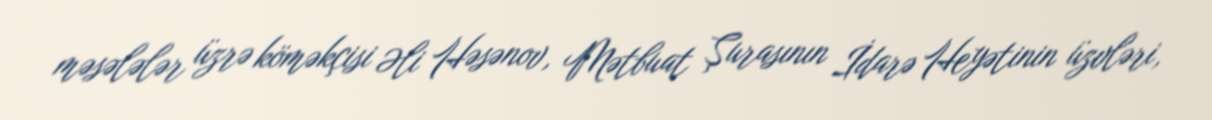
məsələlər üzrə köməkçisi Əli Həsənov, Mətbuat Şurasının İdarə Heyətinin üzvləri,